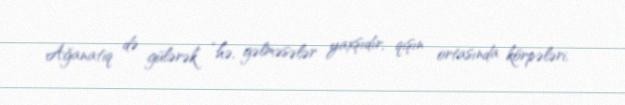
Ağanatiq də gülərək “hə, gəlməsələr yaxşıdır, qışın ortasında körpələri,